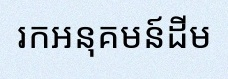
រកអនុគមន៍ដើម